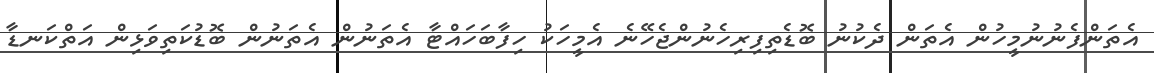
އެތަންފެނުނުމީހުން އެތަން ދެކުނު ބޮޑެތިފިރިހެނުންޖެހޭނެ އެމީހަކު ހިފާބަހައްޓާ އެތަނުން އެތަނުން ބޮޑުކަތިވަޅިން އަތްކަނޑާ